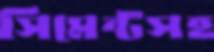
সিমেন্টসহ